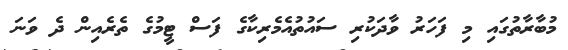
މުބާރާތުގައި މި ފަހަރު ވާދަކުރި ސައުތުއެމެރިކާގެ ފަސް ޓީމުގެ ތެރެއިން ދެ ވަނަ